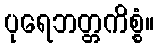
ပုရေဘတ္တကိစ္စံ။